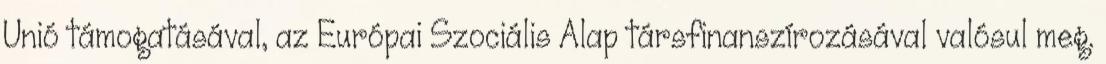
Unió támogatásával, az Európai Szociális Alap társfinanszírozásával valósul meg.